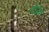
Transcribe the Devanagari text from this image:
पोज़ेन